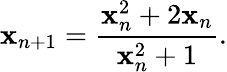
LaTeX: \mathbf{x}_{n+1}={\frac{{\mathbf{x}_{n}^{2}+2\mathbf{x}_{n}}}{{\mathbf{x}_{n}^{2}+1}}}.